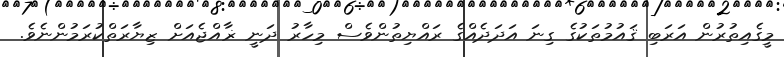
މީގެއިތުރުން އަރަބި ޤައުމުތަކުގެ ގިނަ އަދަދެއްގެ ރައްޔިތުންވެސް މިހާރު ދަނީ ޜާއްޖެއަށް ޒިޔާރަތްކުރަމުންނެވެ.